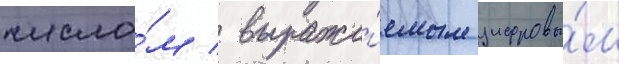
число́м / выража́емым цифровы́м